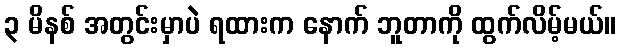
၃ မိနစ် အတွင်းမှာပဲ ရထားက နောက် ဘူတာကို ထွက်လိမ့်မယ်။